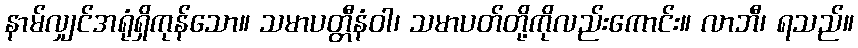
နာမ်လျှင်အရုံရှိကုန်သော။ သမာပတ္တီနံဝါ၊ သမာပတ်တို့ကိုလည်းကောင်း။ လာဘီ၊ ရသည်။